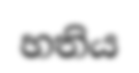
හතිය